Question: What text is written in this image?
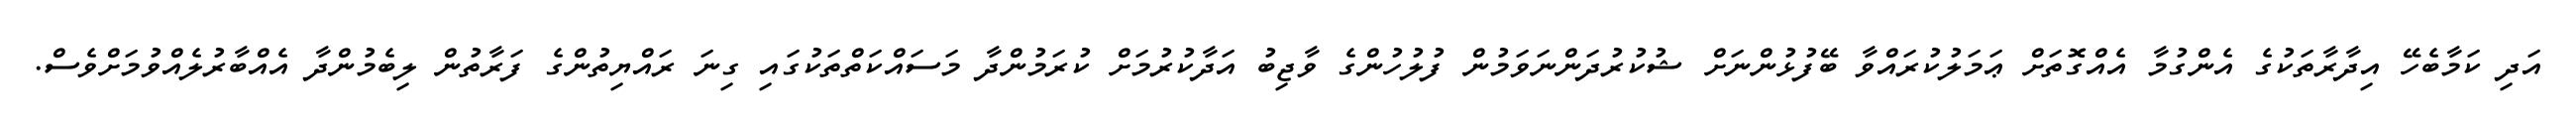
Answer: އަދި ކަމާބެހޭ އިދާރާތަކުގެ އެންގުމާ އެއްގޮތަށް ޢަމަލުކުރައްވާ ބޭފުޅުންނަށް ޝުކުރުދަންނަވަމުން ފުލުހުންގެ ވާޖިބު އަދާކުރުމަށް ކުރަމުންދާ މަސައްކަތްތަކުގައި ގިނަ ރައްޔިތުންގެ ފަރާތުން ލިބެމުންދާ އެއްބާރުލެއްވުމަށްވެސް.